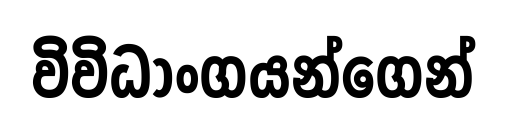
විවිධාංගයන්ගෙන්